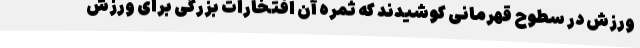
ورزش در سطوح قهرمانی کوشیدند که ثمره آن افتخارات بزرگی برای ورزش